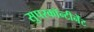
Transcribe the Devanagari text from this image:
सुपरकॉन्टीनेंट